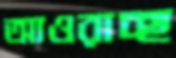
আওরাচ্ছ